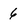
Character: 6